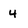
Character: 4